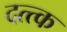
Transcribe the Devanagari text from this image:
दत्त्क